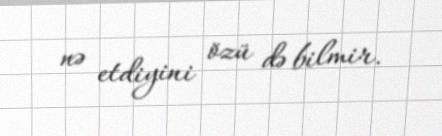
nə etdiyini özü də bilmir.